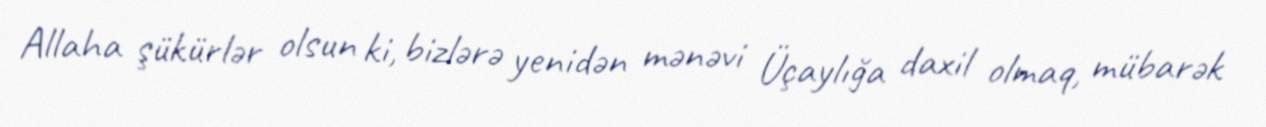
Allaha şükürlər olsun ki, bizlərə yenidən mənəvi Üçaylığa daxil olmaq, mübarək